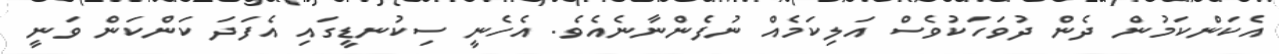
އެކަންކަމުން ދެން ދުވަހަކުވެސް އަލިކަމެއް ނުފެންނާނެއެވެ. އެހެނީ ސިކުނޑީގައި އެފަދަ ކަންކަން ވަނީ